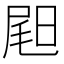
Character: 𡲉